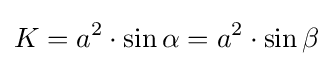
K=a^{2}\cdot \sin \alpha =a^{2}\cdot \sin \beta